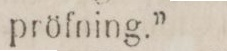
pröfning.”